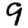
Digit: 9